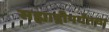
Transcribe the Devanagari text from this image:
सह्याद्रीपर्यंतचा